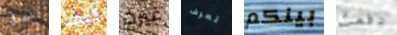
للمس كيف غيرت تعرف بينكم دفعت